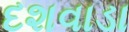
દશવાડા